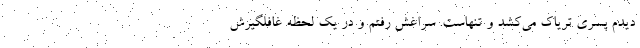
دیدم پسری تریاک می‌کشد و تنهاست. سراغش رفتم و در یک لحظه غافلگیرش